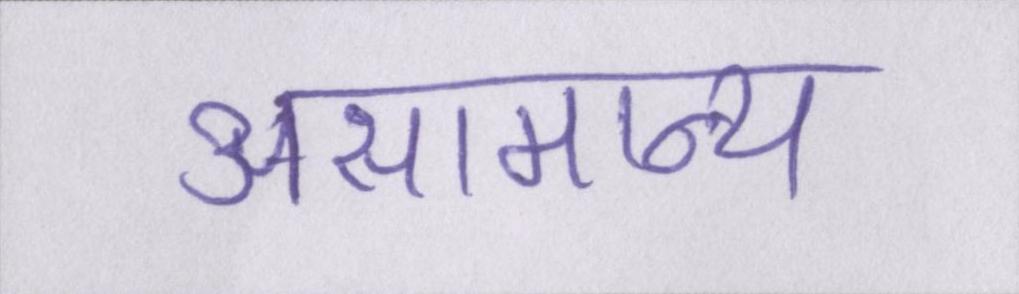
असामान्य